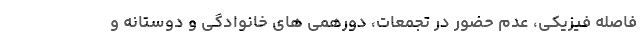
فاصله فیزیکی، عدم حضور در تجمعات، دورهمی های خانوادگی و دوستانه و